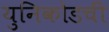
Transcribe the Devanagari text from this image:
युनिकोडची